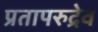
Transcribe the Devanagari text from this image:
प्रतापरुद्रेव